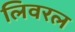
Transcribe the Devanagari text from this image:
लिवरल